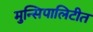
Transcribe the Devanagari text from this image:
मुन्सिपालिटीत